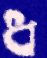
ধ